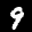
Label: 9